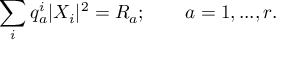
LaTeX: \sum _ { i } q _ { a } ^ { i } | X _ { i } | ^ { 2 } = R _ { a } ; \qquad a = 1 , . . . , r .